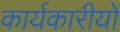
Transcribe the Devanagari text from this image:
कार्यकारीयों